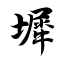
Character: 墀